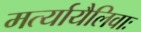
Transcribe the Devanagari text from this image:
मर्त्यायैलिवाः